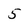
Character: 5